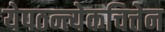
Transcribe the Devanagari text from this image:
येपठन्त्येकचित्तेन